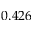
0 . 4 2 6